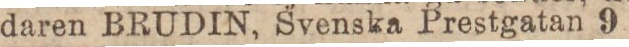
daren BRUDIN, Svenska Prestgatan 9